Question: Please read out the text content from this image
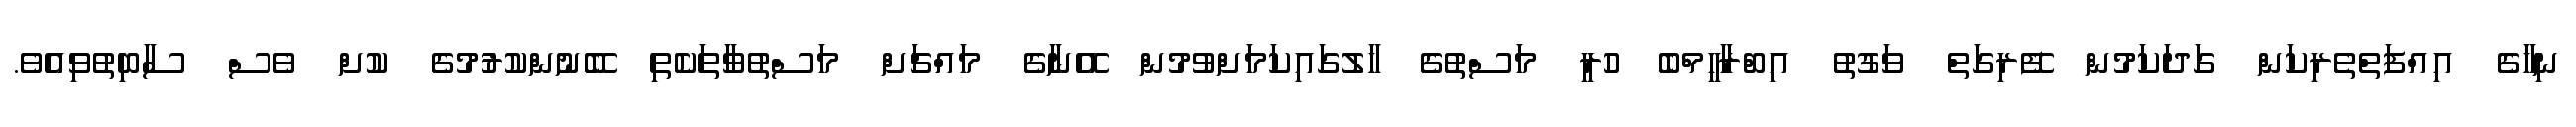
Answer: ނިހާގެ އިއްފަތްތެރިކަން ގަދަކަމުން ފޭރިގަތް ވަގުތު އިބްރާހީމްބެ ހުރީ މަސްތުގެ ހާލުގައިކަމަށްވުމުން އޭނާގެ މައްޗަށް މަސްތުވާތަކެތި ބޭނުންކުރުމުގެ ކުށް ވެސް ސާބިތުވިއެވެ.